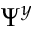
\Psi ^ { y }